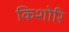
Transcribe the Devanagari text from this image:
किशोरि